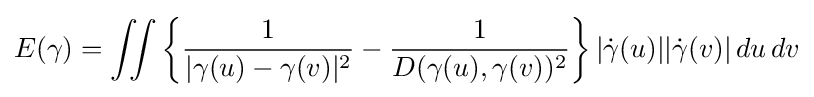
E(\gamma )=\iint \left\{{\frac {1}{|\gamma (u)-\gamma (v)|^{2}}}-{\frac {1}{D(\gamma (u),\gamma (v))^{2}}}\right\}|{\dot {\gamma }}(u)||{\dot {\gamma }}(v)|\,du\,dv